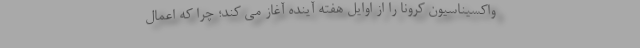
واکسیناسیون کرونا را از اوایل هفته آینده آغاز می کند؛ چرا که اعمال